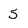
Character: 5